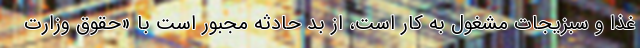
غذا و سبزیجات مشغول به کار است، از بد حادثه مجبور است با «حقوق وزارت